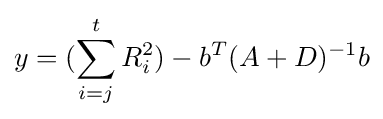
y=(\sum _{i=j}^{t}R_{i}^{2})-b^{T}(A+D)^{-1}b